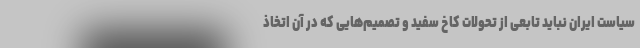
سیاست ایران نباید تابعی از تحولات کاخ سفید و تصمیم‌هایی که در آن اتخاذ